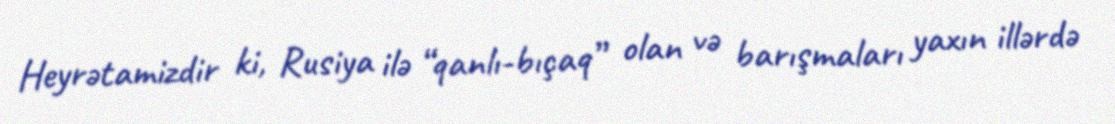
Heyrətamizdir ki, Rusiya ilə “qanlı-bıçaq” olan və barışmaları yaxın illərdə